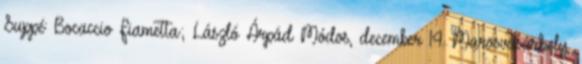
Suppé: Bocaccio Fiametta; László Árpád Módos, december 14. Marosvásárhely,